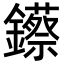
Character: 𨯓